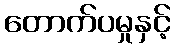
တောက်ပမှုနှင့်